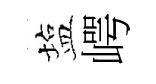
塩崿